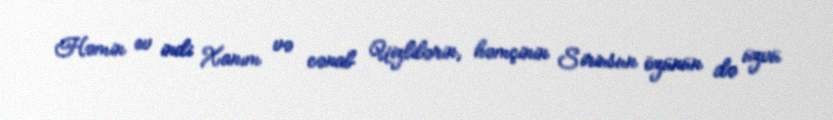
Həmin ev indi Xanım və cənab Uizlilərin, həmçinin Siriusun özünün də üzvü